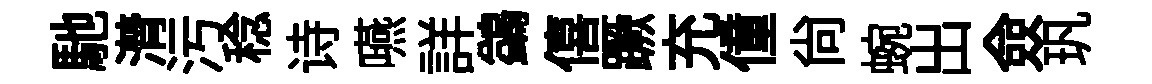
馳潸污稔诗嚥詳鷁僖蹶充僮尙蜿出僉㺬